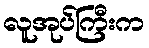
လူအုပ်ကြီးက